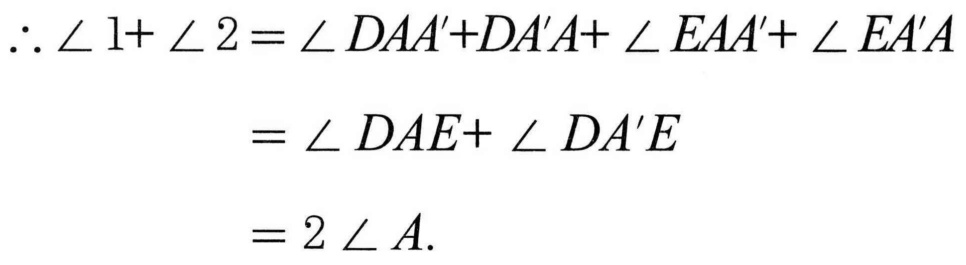
\(\therefore \angle 1+\angle 2=\angle DAA'+DA'A+\angle EAA'+\angle EA'A\)
\(=\angle DAE+\angle DA'E\)
\(=2\angle A.\)